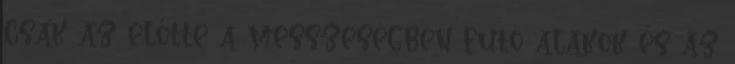
csak az előtte a messzeségben futó alakok és az